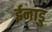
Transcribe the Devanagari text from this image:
ईनाडु